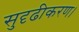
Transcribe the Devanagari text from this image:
सुदृढीकरण।